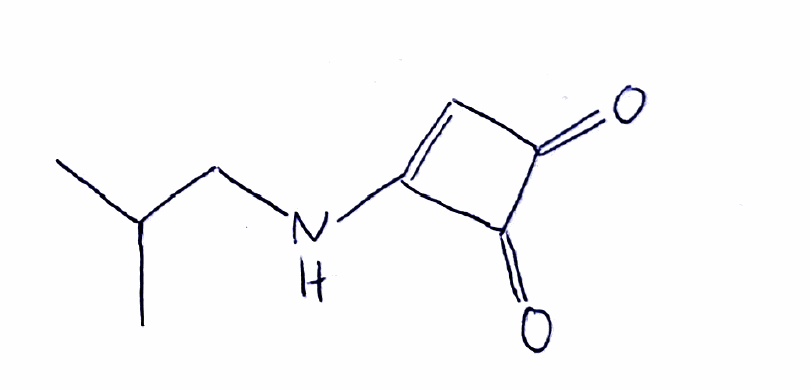
Simplified molecular-input line-entry system (SMILES) notation of the given molecule:
CC(C)CNC1=CC(=O)C1=O